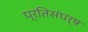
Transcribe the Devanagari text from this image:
प्रतिसंघर्ष